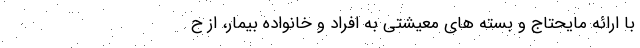
با ارائه مایحتاج و بسته های معیشتی به افراد و خانواده بیمار، از ح